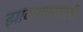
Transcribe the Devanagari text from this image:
झाकणाखाली